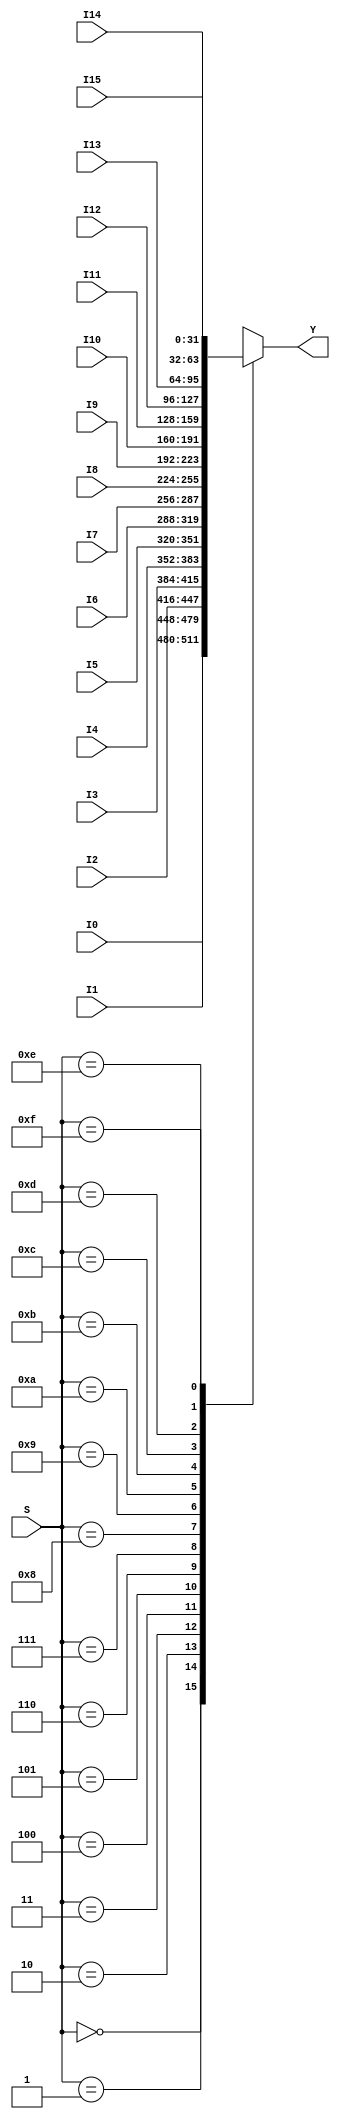
//////////
//Mux 16x1
//////////
module mux_16x1 (output reg [31:0] Y, input [3:0]S, input [31:0] I0, I1, I2, I3, I4, I5, I6, I7, I8, I9, I10, I11, I12, I13, I14, I15);
	always @ (S, I0, I1, I2, I3, I4, I5, I6, I7, I8, I9, I10, I11, I12, I13, I14, I15)
	case (S)
		4'b0000: Y=I0;
		4'b0001: Y=I1;
		4'b0010: Y=I2;
		4'b0011: Y=I3;
		4'b0100: Y=I4;
		4'b0101: Y=I5;
		4'b0110: Y=I6;
		4'b0111: Y=I7;
		4'b1000: Y=I8;
		4'b1001: Y=I9;
		4'b1010: Y=I10;
		4'b1011: Y=I11;
		4'b1100: Y=I12;
		4'b1101: Y=I13;
		4'b1110: Y=I14;
		4'b1111: Y=I15;
	endcase
endmodule